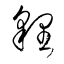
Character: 貍